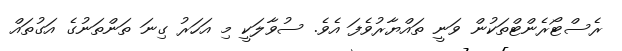
ރެސްޓޯރެންޓްތަކުން ވަނީ ތައްޔާރުވެފަ އެވެ. ސުވާލަކީ މި އަހަރު ގިނަ ތަންތަނުގެ އަގުތައް